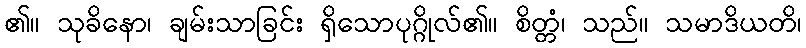
၏။ သုခိနော၊ ချမ်းသာခြင်း ရှိသောပုဂ္ဂိုလ်၏။ စိတ္တံ၊ သည်။ သမာဒိယတိ၊